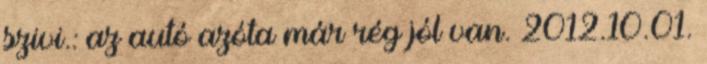
szivi.: az autó azóta már rég jól van. 2012.10.01.